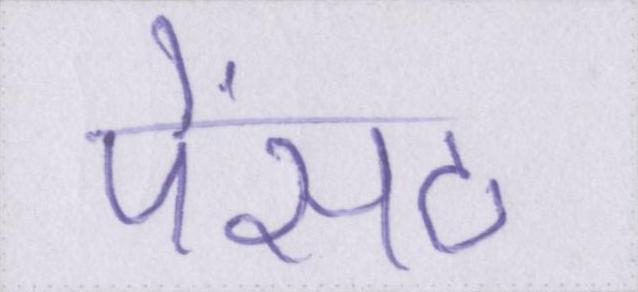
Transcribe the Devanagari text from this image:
पेंसठ